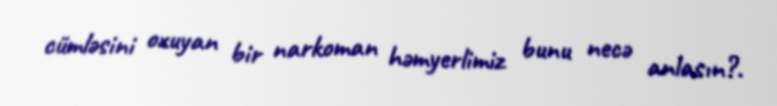
cümləsini oxuyan bir narkoman həmyerlimiz bunu necə anlasın?.